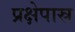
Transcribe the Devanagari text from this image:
प्रक्षेपास्र